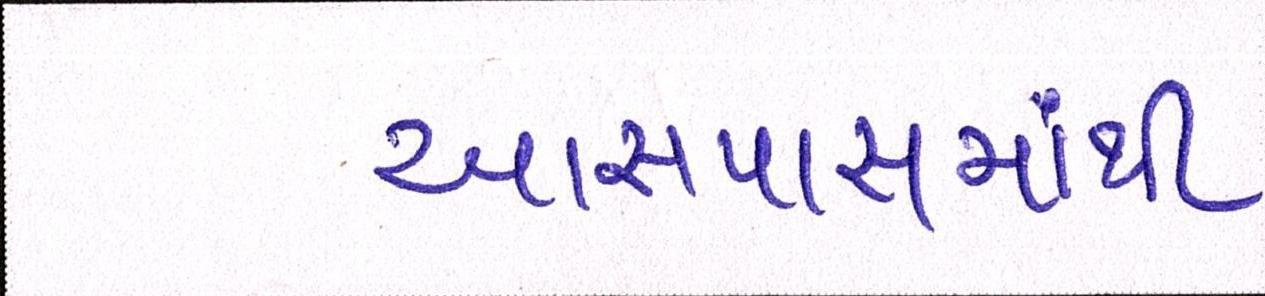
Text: આસપાસમાંથી